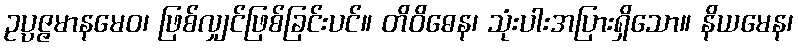
ဥပ္ပဇ္ဇမာနမေဝ၊ ဖြစ်လျှင်ဖြစ်ခြင်းပင်။ တိဝိဓေန၊ သုံးပါးအပြားရှိသော။ နိယမေန၊